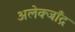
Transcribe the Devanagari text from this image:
अलेक्जाँद्र